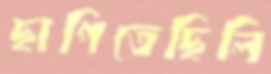
ছাপিতেছিলি